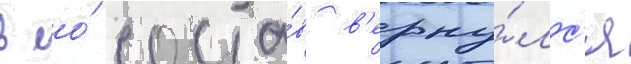
в ео́ соста́в в'ерну́лс'я